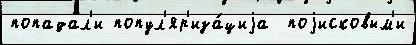
попадал'и попул'яр'иза́циjа  поjисковым'и